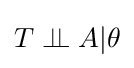
T\perp \!\!\!\perp A|\theta